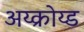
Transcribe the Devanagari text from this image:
अय्क्रोय्ड